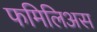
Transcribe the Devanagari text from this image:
फमिलिअस